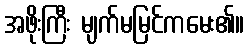
အဖိုးကြီး မျက်မမြင်ကမေး၏။